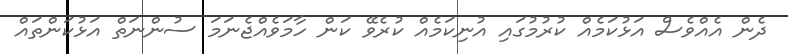
ދެން އެއްވެސް އަޅުކަމެއް ކުރުމުގައި އުނިކަމެއް ކުރެވޭ ކަން ހާމަވެއްޖެނަމަ ސުންނަތް އަޅުކަންތައް